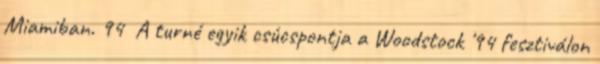
Miamiban. 94 A turné egyik csúcspontja a Woodstock '94 fesztiválon